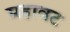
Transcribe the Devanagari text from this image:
महावट